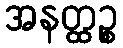
အနတ္ထဉ္စ